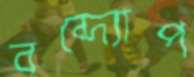
বন্দ্যোপ